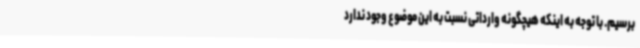
برسیم. با توجه به اینکه هیچگونه وارداتی نسبت به این موضوع وجود ندارد